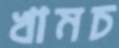
খামচ